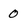
Character: O